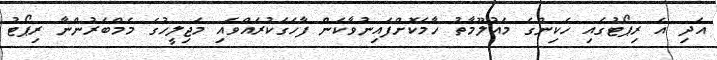
އަދި އެ ރިޕޯޓުގައި ހެކިންގެ މައުލޫމާތު ހާމަކޮށްފައިނުވާކަން ފާހަގަކުރައްވައި މަޖިލީހުގެ މެމްބަރުންނާ ރިޕޯޓު